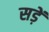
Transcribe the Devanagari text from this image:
सड़ें